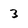
Character: 3